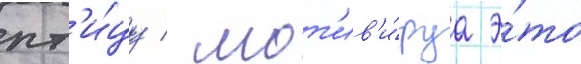
пт'и́цу / мот'ив'и́руа э́то